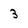
Character: 3